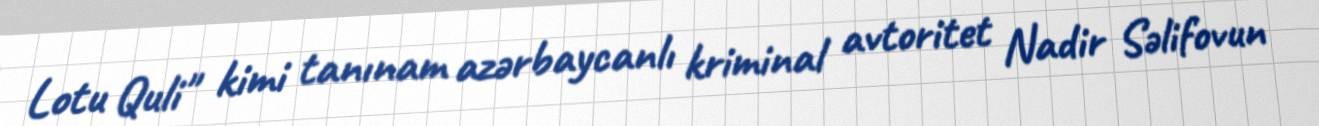
Lotu Quli" kimi tanınam azərbaycanlı kriminal avtoritet Nadir Səlifovun